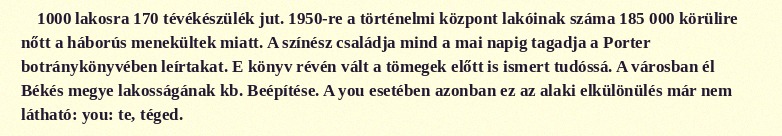
1000 lakosra 170 tévékészülék jut. 1950-re a történelmi központ lakóinak száma 185 000 körülire nőtt a háborús menekültek miatt. A színész családja mind a mai napig tagadja a Porter botránykönyvében leírtakat. E könyv révén vált a tömegek előtt is ismert tudóssá. A városban él Békés megye lakosságának kb. Beépítése. A you esetében azonban ez az alaki elkülönülés már nem látható: you: te, téged.